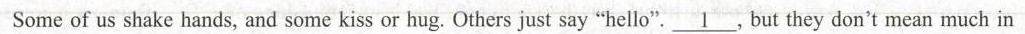
Some of us shake hands, and some kiss or hue.Others just say"hello\underline{1}but they don't mean much in